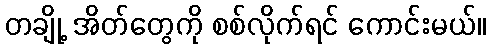
တချို့ အိတ်တွေကို စစ်လိုက်ရင် ကောင်းမယ်။